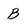
Character: B